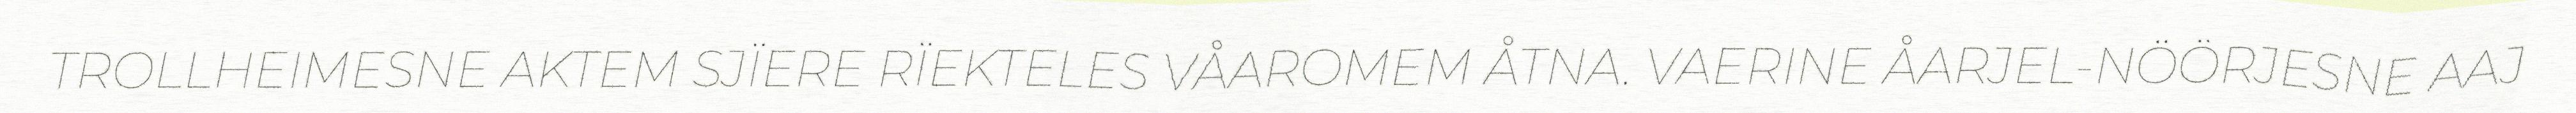
TROLLHEIMESNE AKTEM SJÏERE RÏEKTELES VÅAROMEM ÅTNA. VAERINE ÅARJEL-NÖÖRJESNE AAJ